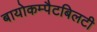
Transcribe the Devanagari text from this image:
बायोकम्पैटबिलटी